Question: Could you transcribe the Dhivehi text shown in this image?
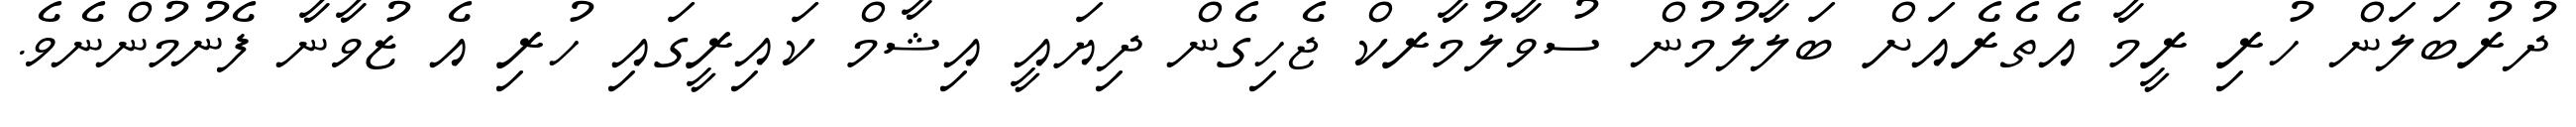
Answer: ދުރުބަލަން ހުރި ރީމާ އެތެރެއަށް ބަލާލުމުން ސުވާލުމާރކް ޖެހިގެން ދިޔައީ އިޝާމް ކައިރީގައި ހުރި އެ ޒުވާނާ ފެނުމުންނެވެ.